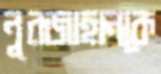
নুরজাহানকে